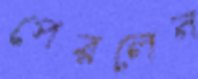
পেরলেন